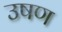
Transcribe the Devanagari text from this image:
उषण